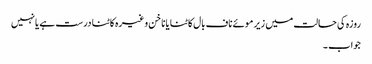
روزہ کی حالت میں زیر موئے ناف بال کاٹنا یا ناخن وغیرہ کاٹنا درست ہے یانہیں
جواب ۔